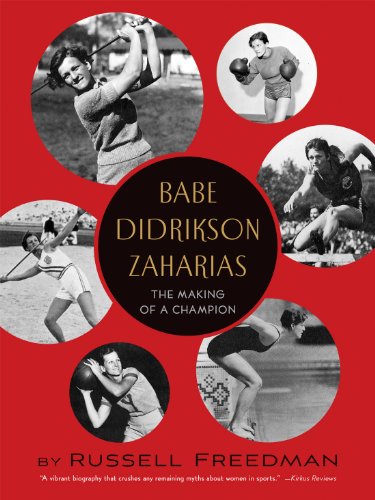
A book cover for Babe Didrikson Zaharias: The Making of a Champion; Russell Freedman; Children's Books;